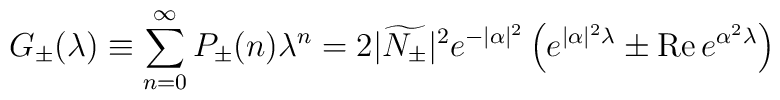
G_{\pm}(\lambda)\equiv\sum_{n=0}^{\infty}P_{\pm}(n)\lambda^n =2|\widetilde{N_{\pm}}|^2e^{-|\alpha|^2} \left(e^{|\alpha|^2\lambda}\pm\mbox{Re}\, e^{\alpha^2\lambda}\right)